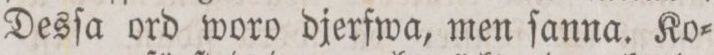
Desſa ord woro djerfwa, men ſanna. Ko=